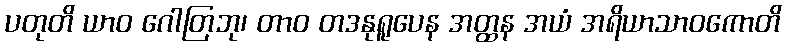
ပတုတိ ယာဝ ဂေါတြဘု၊ တာဝ တဒနုရူပေန အတ္ထန အယံ အရိယာသာဝကောတိ